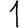
Digit: 1